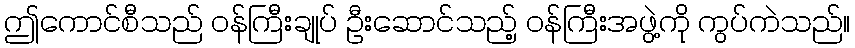
ဤကောင်စီသည် ဝန်ကြီးချုပ် ဦးဆောင်သည့် ဝန်ကြီးအဖွဲ့ကို ကွပ်ကဲသည်။